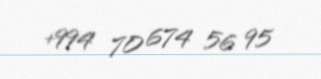
+994 70 674 56 95